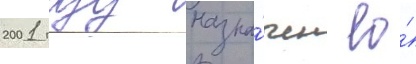
2001 году назна́чен ео́